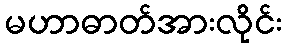
မဟာဓာတ်အားလိုင်း